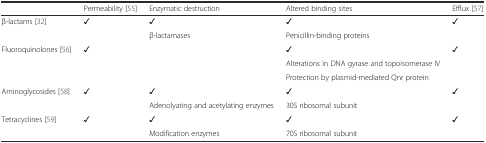
|  | Permeability [55] | Enzymatic destruction | Altered binding sites | Efflux [57] |
 | --- | --- | --- | --- | --- |
 | β-lactams [32] | ✓ | ✓ | ✓ | ✓ |
 |  |  | β-lactamases | Penicillin-binding proteins |  |
 | Fluoroquinolones [56] | ✓ |  | ✓ | ✓ |
 |  |  |  | Alterations in DNA gyrase and topoisomerase IV |  |
 |  |  |  | Protection by plasmid-mediated Qnr protein |  |
 | Aminoglycosides [58] | ✓ | ✓ | ✓ | ✓ |
 |  |  | Adenolyating and acetylating enzymes | 30S ribosomal subunit |  |
 | Tetracyclines [59] | ✓ | ✓ | ✓ | ✓ |
 |  |  | Modification enzymes | 70S ribosomal subunit |  |